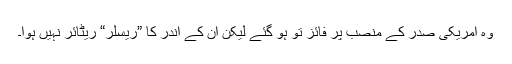
وہ امریکی صدر کے منصب پر فائز تو ہو گئے لیکن ان کے اندر کا ”ریسلر“ ریٹائر نہیں ہوا۔